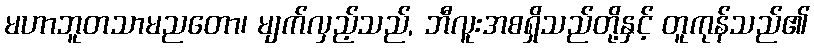
မဟာဘူတသာမညတော၊ မျက်လှည့်သည်, ဘီလူးအစရှိသည်တို့နှင့် တူကုန်သည်၏